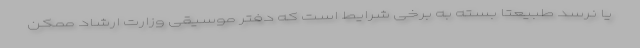
یا نرسد طبیعتا بسته به برخی شرایط است که دفتر موسیقی وزارت ارشاد ممکن